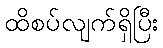
ထိစပ်လျက်ရှိပြီး